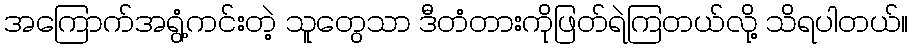
အကြောက်အရွံ့ကင်းတဲ့ သူတွေသာ ဒီတံတားကိုဖြတ်ရဲကြတယ်လို့ သိရပါတယ်။